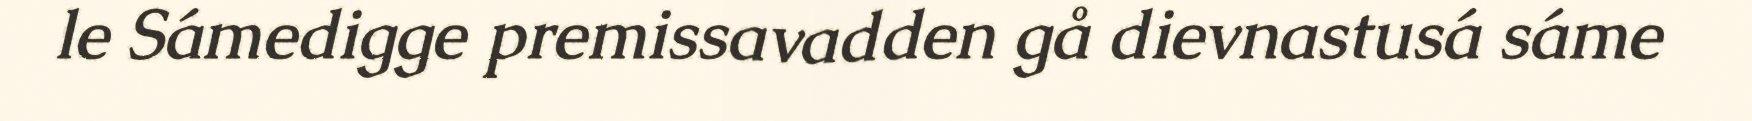
le Sámedigge premissavadden gå dievnastusá sáme